Report of the Indian Hemp Drugs Commission, 1894-1895 - Volume II
Year: 1894
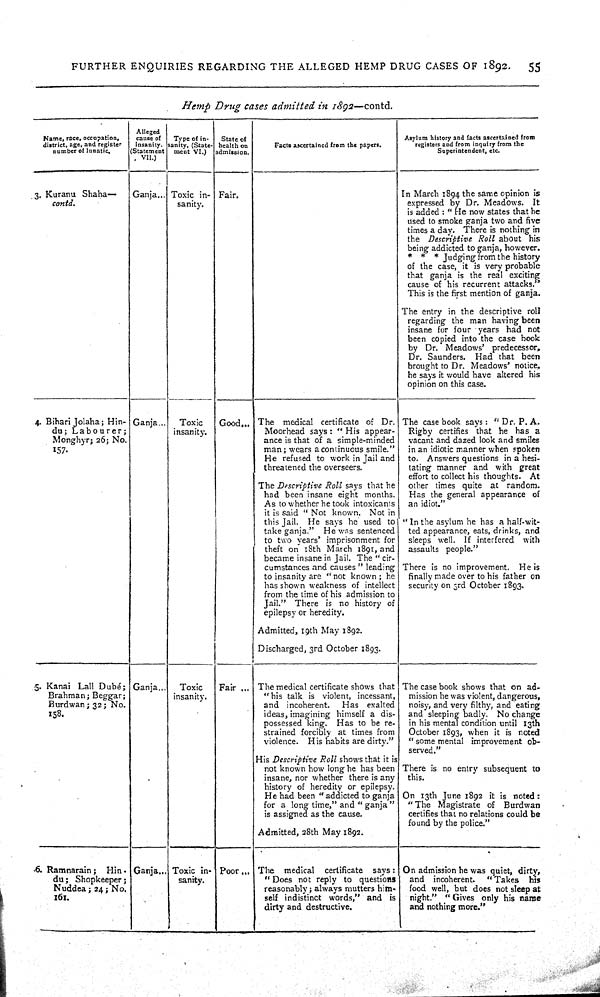
FURTHER ENQUIRIES REGARDING THE ALLEGED HEMP DRUG CASES OF 1892.
55
Hemp
Drug
cases
admitted
in 1892—contd.
Name, race, occupation,
district, age, and register
number of lunatic.
Alleged
cause of
Insanity.
(Statement
VII.)
Type of in-
sanity. (State-
ment VI.)
State of
health on
admission.
Facts ascertained from the papers.
Asylum history and facts ascertained from
registers and from inquiry from the
Superintendent, etc.
Name, race, occupation,
district, age, and register
number of lunatic.
Alleged
cause of
Insanity.
(Statement
VII.)
Type of in-
sanity. (State-
ment VI.)
State of
health on
admission.
Facts ascertained from the papers.
Asylum history and facts ascertained from
registers and from inquiry from the
Superintendent, etc.
Name, race, occupation,
district, age, and register
number of lunatic.
Alleged
cause of
Insanity.
(Statement
VII.)
Type of in-
sanity. (State-
ment VI.)
State of
health on
admission.
Facts ascertained from the papers.
Asylum history and facts ascertained from
registers and from inquiry from the
Superintendent, etc.
Name, race, occupation,
district, age, and register
number of lunatic.
Alleged
cause of
Insanity.
(Statement
VII.)
Type of in-
sanity. (State-
ment VI.)
State of
health on
admission.
Facts ascertained from the papers.
Asylum history and facts ascertained from
registers and from inquiry from the
Superintendent, etc.
3. Kuranu Shaha—
contd.
Ganja
Toxic in-
sanity.
Fair.
In March 1894 the same opinion is
expressed by Dr. Meadows.
It
is added: "He now states that he
used to smoke ganja two and five
times a day. There is nothing in
the Descriptive
Roll about his
being addicted to ganja, however.
*
*
* Judging from the history
of the case, it is very probable
that ganja is the real exciting
cause of his recurrent attacks."
This is the first mention of ganja.
The entry in the descriptive roll
regarding the man having been
insane for four years had not
been copied into the case hook
by Dr. Meadows'
predecessor,
Dr. Saunders.
Had that been
brought to Dr. Meadows* notice,
he says it would have altered his
opinion on this case.
3. Kuranu Shaha—
contd.
Ganja
Toxic in-
sanity.
Fair.
In March 1894 the same opinion is
expressed by Dr. Meadows.
It
is added: "He now states that he
used to smoke ganja two and five
times a day. There is nothing in
the Descriptive
Roll about his
being addicted to ganja, however.
*
*
* Judging from the history
of the case, it is very probable
that ganja is the real exciting
cause of his recurrent attacks."
This is the first mention of ganja.
The entry in the descriptive roll
regarding the man having been
insane for four years had not
been copied into the case hook
by Dr. Meadows'
predecessor,
Dr. Saunders.
Had that been
brought to Dr. Meadows* notice,
he says it would have altered his
opinion on this case.
3. Kuranu Shaha—
contd.
Ganja
Toxic in-
sanity.
Fair.
In March 1894 the same opinion is
expressed by Dr. Meadows.
It
is added: "He now states that he
used to smoke ganja two and five
times a day. There is nothing in
the Descriptive
Roll about his
being addicted to ganja, however.
*
*
* Judging from the history
of the case, it is very probable
that ganja is the real exciting
cause of his recurrent attacks."
This is the first mention of ganja.
The entry in the descriptive roll
regarding the man having been
insane for four years had not
been copied into the case hook
by Dr. Meadows'
predecessor,
Dr. Saunders.
Had that been
brought to Dr. Meadows* notice,
he says it would have altered his
opinion on this case.
3. Kuranu Shaha—
contd.
Ganja
Toxic in-
sanity.
Fair.
In March 1894 the same opinion is
expressed by Dr. Meadows.
It
is added: "He now states that he
used to smoke ganja two and five
times a day. There is nothing in
the Descriptive
Roll about his
being addicted to ganja, however.
*
*
* Judging from the history
of the case, it is very probable
that ganja is the real exciting
cause of his recurrent attacks."
This is the first mention of ganja.
The entry in the descriptive roll
regarding the man having been
insane for four years had not
been copied into the case hook
by Dr. Meadows'
predecessor,
Dr. Saunders.
Had that been
brought to Dr. Meadows* notice,
he says it would have altered his
opinion on this case.
3. Kuranu Shaha—
contd.
Ganja
Toxic in-
sanity.
Fair.
In March 1894 the same opinion is
expressed by Dr. Meadows.
It
is added: "He now states that he
used to smoke ganja two and five
times a day. There is nothing in
the Descriptive
Roll about his
being addicted to ganja, however.
*
*
* Judging from the history
of the case, it is very probable
that ganja is the real exciting
cause of his recurrent attacks."
This is the first mention of ganja.
The entry in the descriptive roll
regarding the man having been
insane for four years had not
been copied into the case hook
by Dr. Meadows'
predecessor,
Dr. Saunders.
Had that been
brought to Dr. Meadows* notice,
he says it would have altered his
opinion on this case.
3. Kuranu Shaha—
contd.
Ganja
Toxic in-
sanity.
Fair.
In March 1894 the same opinion is
expressed by Dr. Meadows.
It
is added: "He now states that he
used to smoke ganja two and five
times a day. There is nothing in
the Descriptive
Roll about his
being addicted to ganja, however.
*
*
* Judging from the history
of the case, it is very probable
that ganja is the real exciting
cause of his recurrent attacks."
This is the first mention of ganja.
The entry in the descriptive roll
regarding the man having been
insane for four years had not
been copied into the case hook
by Dr. Meadows'
predecessor,
Dr. Saunders.
Had that been
brought to Dr. Meadows* notice,
he says it would have altered his
opinion on this case.
3. Kuranu Shaha—
contd.
Ganja
Toxic in-
sanity.
Fair.
In March 1894 the same opinion is
expressed by Dr. Meadows.
It
is added: "He now states that he
used to smoke ganja two and five
times a day. There is nothing in
the Descriptive
Roll about his
being addicted to ganja, however.
*
*
* Judging from the history
of the case, it is very probable
that ganja is the real exciting
cause of his recurrent attacks."
This is the first mention of ganja.
The entry in the descriptive roll
regarding the man having been
insane for four years had not
been copied into the case hook
by Dr. Meadows'
predecessor,
Dr. Saunders.
Had that been
brought to Dr. Meadows* notice,
he says it would have altered his
opinion on this case.
3. Kuranu Shaha—
contd.
Ganja
Toxic in-
sanity.
Fair.
In March 1894 the same opinion is
expressed by Dr. Meadows.
It
is added: "He now states that he
used to smoke ganja two and five
times a day. There is nothing in
the Descriptive
Roll about his
being addicted to ganja, however.
*
*
* Judging from the history
of the case, it is very probable
that ganja is the real exciting
cause of his recurrent attacks."
This is the first mention of ganja.
The entry in the descriptive roll
regarding the man having been
insane for four years had not
been copied into the case hook
by Dr. Meadows'
predecessor,
Dr. Saunders.
Had that been
brought to Dr. Meadows* notice,
he says it would have altered his
opinion on this case.
3. Kuranu Shaha—
contd.
Ganja
Toxic in-
sanity.
Fair.
In March 1894 the same opinion is
expressed by Dr. Meadows.
It
is added: "He now states that he
used to smoke ganja two and five
times a day. There is nothing in
the Descriptive
Roll about his
being addicted to ganja, however.
*
*
* Judging from the history
of the case, it is very probable
that ganja is the real exciting
cause of his recurrent attacks."
This is the first mention of ganja.
The entry in the descriptive roll
regarding the man having been
insane for four years had not
been copied into the case hook
by Dr. Meadows'
predecessor,
Dr. Saunders.
Had that been
brought to Dr. Meadows* notice,
he says it would have altered his
opinion on this case.
3. Kuranu Shaha—
contd.
Ganja
Toxic in-
sanity.
Fair.
In March 1894 the same opinion is
expressed by Dr. Meadows.
It
is added: "He now states that he
used to smoke ganja two and five
times a day. There is nothing in
the Descriptive
Roll about his
being addicted to ganja, however.
*
*
* Judging from the history
of the case, it is very probable
that ganja is the real exciting
cause of his recurrent attacks."
This is the first mention of ganja.
The entry in the descriptive roll
regarding the man having been
insane for four years had not
been copied into the case hook
by Dr. Meadows'
predecessor,
Dr. Saunders.
Had that been
brought to Dr. Meadows* notice,
he says it would have altered his
opinion on this case.
3. Kuranu Shaha—
contd.
Ganja
Toxic in-
sanity.
Fair.
In March 1894 the same opinion is
expressed by Dr. Meadows.
It
is added: "He now states that he
used to smoke ganja two and five
times a day. There is nothing in
the Descriptive
Roll about his
being addicted to ganja, however.
*
*
* Judging from the history
of the case, it is very probable
that ganja is the real exciting
cause of his recurrent attacks."
This is the first mention of ganja.
The entry in the descriptive roll
regarding the man having been
insane for four years had not
been copied into the case hook
by Dr. Meadows'
predecessor,
Dr. Saunders.
Had that been
brought to Dr. Meadows* notice,
he says it would have altered his
opinion on this case.
3. Kuranu Shaha—
contd.
Ganja
Toxic in-
sanity.
Fair.
In March 1894 the same opinion is
expressed by Dr. Meadows.
It
is added: "He now states that he
used to smoke ganja two and five
times a day. There is nothing in
the Descriptive
Roll about his
being addicted to ganja, however.
*
*
* Judging from the history
of the case, it is very probable
that ganja is the real exciting
cause of his recurrent attacks."
This is the first mention of ganja.
The entry in the descriptive roll
regarding the man having been
insane for four years had not
been copied into the case hook
by Dr. Meadows'
predecessor,
Dr. Saunders.
Had that been
brought to Dr. Meadows* notice,
he says it would have altered his
opinion on this case.
3. Kuranu Shaha—
contd.
Ganja
Toxic in-
sanity.
Fair.
In March 1894 the same opinion is
expressed by Dr. Meadows.
It
is added: "He now states that he
used to smoke ganja two and five
times a day. There is nothing in
the Descriptive
Roll about his
being addicted to ganja, however.
*
*
* Judging from the history
of the case, it is very probable
that ganja is the real exciting
cause of his recurrent attacks."
This is the first mention of ganja.
The entry in the descriptive roll
regarding the man having been
insane for four years had not
been copied into the case hook
by Dr. Meadows'
predecessor,
Dr. Saunders.
Had that been
brought to Dr. Meadows* notice,
he says it would have altered his
opinion on this case.
3. Kuranu Shaha—
contd.
Ganja
Toxic in-
sanity.
Fair.
In March 1894 the same opinion is
expressed by Dr. Meadows.
It
is added: "He now states that he
used to smoke ganja two and five
times a day. There is nothing in
the Descriptive
Roll about his
being addicted to ganja, however.
*
*
* Judging from the history
of the case, it is very probable
that ganja is the real exciting
cause of his recurrent attacks."
This is the first mention of ganja.
The entry in the descriptive roll
regarding the man having been
insane for four years had not
been copied into the case hook
by Dr. Meadows'
predecessor,
Dr. Saunders.
Had that been
brought to Dr. Meadows* notice,
he says it would have altered his
opinion on this case.
3. Kuranu Shaha—
contd.
Ganja
Toxic in-
sanity.
Fair.
In March 1894 the same opinion is
expressed by Dr. Meadows.
It
is added: "He now states that he
used to smoke ganja two and five
times a day. There is nothing in
the Descriptive
Roll about his
being addicted to ganja, however.
*
*
* Judging from the history
of the case, it is very probable
that ganja is the real exciting
cause of his recurrent attacks."
This is the first mention of ganja.
The entry in the descriptive roll
regarding the man having been
insane for four years had not
been copied into the case hook
by Dr. Meadows'
predecessor,
Dr. Saunders.
Had that been
brought to Dr. Meadows* notice,
he says it would have altered his
opinion on this case.
3. Kuranu Shaha—
contd.
Ganja
Toxic in-
sanity.
Fair.
In March 1894 the same opinion is
expressed by Dr. Meadows.
It
is added: "He now states that he
used to smoke ganja two and five
times a day. There is nothing in
the Descriptive
Roll about his
being addicted to ganja, however.
*
*
* Judging from the history
of the case, it is very probable
that ganja is the real exciting
cause of his recurrent attacks."
This is the first mention of ganja.
The entry in the descriptive roll
regarding the man having been
insane for four years had not
been copied into the case hook
by Dr. Meadows'
predecessor,
Dr. Saunders.
Had that been
brought to Dr. Meadows* notice,
he says it would have altered his
opinion on this case.
3. Kuranu Shaha—
contd.
Ganja
Toxic in-
sanity.
Fair.
In March 1894 the same opinion is
expressed by Dr. Meadows.
It
is added: "He now states that he
used to smoke ganja two and five
times a day. There is nothing in
the Descriptive
Roll about his
being addicted to ganja, however.
*
*
* Judging from the history
of the case, it is very probable
that ganja is the real exciting
cause of his recurrent attacks."
This is the first mention of ganja.
The entry in the descriptive roll
regarding the man having been
insane for four years had not
been copied into the case hook
by Dr. Meadows'
predecessor,
Dr. Saunders.
Had that been
brought to Dr. Meadows* notice,
he says it would have altered his
opinion on this case.
3. Kuranu Shaha—
contd.
Ganja
Toxic in-
sanity.
Fair.
In March 1894 the same opinion is
expressed by Dr. Meadows.
It
is added: "He now states that he
used to smoke ganja two and five
times a day. There is nothing in
the Descriptive
Roll about his
being addicted to ganja, however.
*
*
* Judging from the history
of the case, it is very probable
that ganja is the real exciting
cause of his recurrent attacks."
This is the first mention of ganja.
The entry in the descriptive roll
regarding the man having been
insane for four years had not
been copied into the case hook
by Dr. Meadows'
predecessor,
Dr. Saunders.
Had that been
brought to Dr. Meadows* notice,
he says it would have altered his
opinion on this case.
3. Kuranu Shaha—
contd.
Ganja
Toxic in-
sanity.
Fair.
In March 1894 the same opinion is
expressed by Dr. Meadows.
It
is added: "He now states that he
used to smoke ganja two and five
times a day. There is nothing in
the Descriptive
Roll about his
being addicted to ganja, however.
*
*
* Judging from the history
of the case, it is very probable
that ganja is the real exciting
cause of his recurrent attacks."
This is the first mention of ganja.
The entry in the descriptive roll
regarding the man having been
insane for four years had not
been copied into the case hook
by Dr. Meadows'
predecessor,
Dr. Saunders.
Had that been
brought to Dr. Meadows* notice,
he says it would have altered his
opinion on this case.
3. Kuranu Shaha—
contd.
Ganja
Toxic in-
sanity.
Fair.
In March 1894 the same opinion is
expressed by Dr. Meadows.
It
is added: "He now states that he
used to smoke ganja two and five
times a day. There is nothing in
the Descriptive
Roll about his
being addicted to ganja, however.
*
*
* Judging from the history
of the case, it is very probable
that ganja is the real exciting
cause of his recurrent attacks."
This is the first mention of ganja.
The entry in the descriptive roll
regarding the man having been
insane for four years had not
been copied into the case hook
by Dr. Meadows'
predecessor,
Dr. Saunders.
Had that been
brought to Dr. Meadows* notice,
he says it would have altered his
opinion on this case.
3. Kuranu Shaha—
contd.
Ganja
Toxic in-
sanity.
Fair.
In March 1894 the same opinion is
expressed by Dr. Meadows.
It
is added: "He now states that he
used to smoke ganja two and five
times a day. There is nothing in
the Descriptive
Roll about his
being addicted to ganja, however.
*
*
* Judging from the history
of the case, it is very probable
that ganja is the real exciting
cause of his recurrent attacks."
This is the first mention of ganja.
The entry in the descriptive roll
regarding the man having been
insane for four years had not
been copied into the case hook
by Dr. Meadows'
predecessor,
Dr. Saunders.
Had that been
brought to Dr. Meadows* notice,
he says it would have altered his
opinion on this case.
4. Bihari Jolaha; Hin-
du;
Labourer;
Monghyr; 26; No.
157.
Ganja
Toxic
insanity.
Good
The
medical certificate of Dr.
Moorhead says: "His appear-
ance is that of a simple-minded
man; wears a continuous smile."
He refused to work in Jail and
threatened the overseers.
The Descriptive
Roll says that he
had been insane eight months.
As to whether he took intoxicants
it is said "Not known. Not in
this Jail.
He says he used to
take ganja."
He was sentenced
to two years' imprisonment for
theft on 18th March 1891, and
became insane in Jail. The "cir-
cumstances and causes" leading
to insanity are "not known; he
has shown weakness of intellect
from the time of his admission to
Jail."
There is no history of
epilepsy or heredity.
Admitted, 19th May 1892.
Discharged, 3rd October 1893.
The case book says: "Dr. P. A.
Rigby certifies that he has a
vacant and dazed look and smiles
in an idiotic manner when spoken
to. Answers questions in a hesi-
tating manner and with
great
effort to collect his thoughts.
At
other times quite at
random.
Has the general appearance of
an idiot."
"In the asylum he has a half-wit-
ted appearance, eats, drinks, and
sleeps well. If interfered
with
assaults people."
There is no improvement.
He is
finally made over to his father on
security on 3rd October 1893.
4. Bihari Jolaha; Hin-
du;
Labourer;
Monghyr; 26; No.
157.
Ganja
Toxic
insanity.
Good
The
medical certificate of Dr.
Moorhead says: "His appear-
ance is that of a simple-minded
man; wears a continuous smile."
He refused to work in Jail and
threatened the overseers.
The Descriptive
Roll says that he
had been insane eight months.
As to whether he took intoxicants
it is said "Not known. Not in
this Jail.
He says he used to
take ganja."
He was sentenced
to two years' imprisonment for
theft on 18th March 1891, and
became insane in Jail. The "cir-
cumstances and causes" leading
to insanity are "not known; he
has shown weakness of intellect
from the time of his admission to
Jail."
There is no history of
epilepsy or heredity.
Admitted, 19th May 1892.
Discharged, 3rd October 1893.
The case book says: "Dr. P. A.
Rigby certifies that he has a
vacant and dazed look and smiles
in an idiotic manner when spoken
to. Answers questions in a hesi-
tating manner and with
great
effort to collect his thoughts.
At
other times quite at
random.
Has the general appearance of
an idiot."
"In the asylum he has a half-wit-
ted appearance, eats, drinks, and
sleeps well. If interfered
with
assaults people."
There is no improvement.
He is
finally made over to his father on
security on 3rd October 1893.
4. Bihari Jolaha; Hin-
du;
Labourer;
Monghyr; 26; No.
157.
Ganja
Toxic
insanity.
Good
The
medical certificate of Dr.
Moorhead says: "His appear-
ance is that of a simple-minded
man; wears a continuous smile."
He refused to work in Jail and
threatened the overseers.
The Descriptive
Roll says that he
had been insane eight months.
As to whether he took intoxicants
it is said "Not known. Not in
this Jail.
He says he used to
take ganja."
He was sentenced
to two years' imprisonment for
theft on 18th March 1891, and
became insane in Jail. The "cir-
cumstances and causes" leading
to insanity are "not known; he
has shown weakness of intellect
from the time of his admission to
Jail."
There is no history of
epilepsy or heredity.
Admitted, 19th May 1892.
Discharged, 3rd October 1893.
The case book says: "Dr. P. A.
Rigby certifies that he has a
vacant and dazed look and smiles
in an idiotic manner when spoken
to. Answers questions in a hesi-
tating manner and with
great
effort to collect his thoughts.
At
other times quite at
random.
Has the general appearance of
an idiot."
"In the asylum he has a half-wit-
ted appearance, eats, drinks, and
sleeps well. If interfered
with
assaults people."
There is no improvement.
He is
finally made over to his father on
security on 3rd October 1893.
4. Bihari Jolaha; Hin-
du;
Labourer;
Monghyr; 26; No.
157.
Ganja
Toxic
insanity.
Good
The
medical certificate of Dr.
Moorhead says: "His appear-
ance is that of a simple-minded
man; wears a continuous smile."
He refused to work in Jail and
threatened the overseers.
The Descriptive
Roll says that he
had been insane eight months.
As to whether he took intoxicants
it is said "Not known. Not in
this Jail.
He says he used to
take ganja."
He was sentenced
to two years' imprisonment for
theft on 18th March 1891, and
became insane in Jail. The "cir-
cumstances and causes" leading
to insanity are "not known; he
has shown weakness of intellect
from the time of his admission to
Jail."
There is no history of
epilepsy or heredity.
Admitted, 19th May 1892.
Discharged, 3rd October 1893.
The case book says: "Dr. P. A.
Rigby certifies that he has a
vacant and dazed look and smiles
in an idiotic manner when spoken
to. Answers questions in a hesi-
tating manner and with
great
effort to collect his thoughts.
At
other times quite at
random.
Has the general appearance of
an idiot."
"In the asylum he has a half-wit-
ted appearance, eats, drinks, and
sleeps well. If interfered
with
assaults people."
There is no improvement.
He is
finally made over to his father on
security on 3rd October 1893.
4. Bihari Jolaha; Hin-
du;
Labourer;
Monghyr; 26; No.
157.
Ganja
Toxic
insanity.
Good
The
medical certificate of Dr.
Moorhead says: "His appear-
ance is that of a simple-minded
man; wears a continuous smile."
He refused to work in Jail and
threatened the overseers.
The Descriptive
Roll says that he
had been insane eight months.
As to whether he took intoxicants
it is said "Not known. Not in
this Jail.
He says he used to
take ganja."
He was sentenced
to two years' imprisonment for
theft on 18th March 1891, and
became insane in Jail. The "cir-
cumstances and causes" leading
to insanity are "not known; he
has shown weakness of intellect
from the time of his admission to
Jail."
There is no history of
epilepsy or heredity.
Admitted, 19th May 1892.
Discharged, 3rd October 1893.
The case book says: "Dr. P. A.
Rigby certifies that he has a
vacant and dazed look and smiles
in an idiotic manner when spoken
to. Answers questions in a hesi-
tating manner and with
great
effort to collect his thoughts.
At
other times quite at
random.
Has the general appearance of
an idiot."
"In the asylum he has a half-wit-
ted appearance, eats, drinks, and
sleeps well. If interfered
with
assaults people."
There is no improvement.
He is
finally made over to his father on
security on 3rd October 1893.
4. Bihari Jolaha; Hin-
du;
Labourer;
Monghyr; 26; No.
157.
Ganja
Toxic
insanity.
Good
The
medical certificate of Dr.
Moorhead says: "His appear-
ance is that of a simple-minded
man; wears a continuous smile."
He refused to work in Jail and
threatened the overseers.
The Descriptive
Roll says that he
had been insane eight months.
As to whether he took intoxicants
it is said "Not known. Not in
this Jail.
He says he used to
take ganja."
He was sentenced
to two years' imprisonment for
theft on 18th March 1891, and
became insane in Jail. The "cir-
cumstances and causes" leading
to insanity are "not known; he
has shown weakness of intellect
from the time of his admission to
Jail."
There is no history of
epilepsy or heredity.
Admitted, 19th May 1892.
Discharged, 3rd October 1893.
The case book says: "Dr. P. A.
Rigby certifies that he has a
vacant and dazed look and smiles
in an idiotic manner when spoken
to. Answers questions in a hesi-
tating manner and with
great
effort to collect his thoughts.
At
other times quite at
random.
Has the general appearance of
an idiot."
"In the asylum he has a half-wit-
ted appearance, eats, drinks, and
sleeps well. If interfered
with
assaults people."
There is no improvement.
He is
finally made over to his father on
security on 3rd October 1893.
4. Bihari Jolaha; Hin-
du;
Labourer;
Monghyr; 26; No.
157.
Ganja
Toxic
insanity.
Good
The
medical certificate of Dr.
Moorhead says: "His appear-
ance is that of a simple-minded
man; wears a continuous smile."
He refused to work in Jail and
threatened the overseers.
The Descriptive
Roll says that he
had been insane eight months.
As to whether he took intoxicants
it is said "Not known. Not in
this Jail.
He says he used to
take ganja."
He was sentenced
to two years' imprisonment for
theft on 18th March 1891, and
became insane in Jail. The "cir-
cumstances and causes" leading
to insanity are "not known; he
has shown weakness of intellect
from the time of his admission to
Jail."
There is no history of
epilepsy or heredity.
Admitted, 19th May 1892.
Discharged, 3rd October 1893.
The case book says: "Dr. P. A.
Rigby certifies that he has a
vacant and dazed look and smiles
in an idiotic manner when spoken
to. Answers questions in a hesi-
tating manner and with
great
effort to collect his thoughts.
At
other times quite at
random.
Has the general appearance of
an idiot."
"In the asylum he has a half-wit-
ted appearance, eats, drinks, and
sleeps well. If interfered
with
assaults people."
There is no improvement.
He is
finally made over to his father on
security on 3rd October 1893.
4. Bihari Jolaha; Hin-
du;
Labourer;
Monghyr; 26; No.
157.
Ganja
Toxic
insanity.
Good
The
medical certificate of Dr.
Moorhead says: "His appear-
ance is that of a simple-minded
man; wears a continuous smile."
He refused to work in Jail and
threatened the overseers.
The Descriptive
Roll says that he
had been insane eight months.
As to whether he took intoxicants
it is said "Not known. Not in
this Jail.
He says he used to
take ganja."
He was sentenced
to two years' imprisonment for
theft on 18th March 1891, and
became insane in Jail. The "cir-
cumstances and causes" leading
to insanity are "not known; he
has shown weakness of intellect
from the time of his admission to
Jail."
There is no history of
epilepsy or heredity.
Admitted, 19th May 1892.
Discharged, 3rd October 1893.
The case book says: "Dr. P. A.
Rigby certifies that he has a
vacant and dazed look and smiles
in an idiotic manner when spoken
to. Answers questions in a hesi-
tating manner and with
great
effort to collect his thoughts.
At
other times quite at
random.
Has the general appearance of
an idiot."
"In the asylum he has a half-wit-
ted appearance, eats, drinks, and
sleeps well. If interfered
with
assaults people."
There is no improvement.
He is
finally made over to his father on
security on 3rd October 1893.
4. Bihari Jolaha; Hin-
du;
Labourer;
Monghyr; 26; No.
157.
Ganja
Toxic
insanity.
Good
The
medical certificate of Dr.
Moorhead says: "His appear-
ance is that of a simple-minded
man; wears a continuous smile."
He refused to work in Jail and
threatened the overseers.
The Descriptive
Roll says that he
had been insane eight months.
As to whether he took intoxicants
it is said "Not known. Not in
this Jail.
He says he used to
take ganja."
He was sentenced
to two years' imprisonment for
theft on 18th March 1891, and
became insane in Jail. The "cir-
cumstances and causes" leading
to insanity are "not known; he
has shown weakness of intellect
from the time of his admission to
Jail."
There is no history of
epilepsy or heredity.
Admitted, 19th May 1892.
Discharged, 3rd October 1893.
The case book says: "Dr. P. A.
Rigby certifies that he has a
vacant and dazed look and smiles
in an idiotic manner when spoken
to. Answers questions in a hesi-
tating manner and with
great
effort to collect his thoughts.
At
other times quite at
random.
Has the general appearance of
an idiot."
"In the asylum he has a half-wit-
ted appearance, eats, drinks, and
sleeps well. If interfered
with
assaults people."
There is no improvement.
He is
finally made over to his father on
security on 3rd October 1893.
4. Bihari Jolaha; Hin-
du;
Labourer;
Monghyr; 26; No.
157.
Ganja
Toxic
insanity.
Good
The
medical certificate of Dr.
Moorhead says: "His appear-
ance is that of a simple-minded
man; wears a continuous smile."
He refused to work in Jail and
threatened the overseers.
The Descriptive
Roll says that he
had been insane eight months.
As to whether he took intoxicants
it is said "Not known. Not in
this Jail.
He says he used to
take ganja."
He was sentenced
to two years' imprisonment for
theft on 18th March 1891, and
became insane in Jail. The "cir-
cumstances and causes" leading
to insanity are "not known; he
has shown weakness of intellect
from the time of his admission to
Jail."
There is no history of
epilepsy or heredity.
Admitted, 19th May 1892.
Discharged, 3rd October 1893.
The case book says: "Dr. P. A.
Rigby certifies that he has a
vacant and dazed look and smiles
in an idiotic manner when spoken
to. Answers questions in a hesi-
tating manner and with
great
effort to collect his thoughts.
At
other times quite at
random.
Has the general appearance of
an idiot."
"In the asylum he has a half-wit-
ted appearance, eats, drinks, and
sleeps well. If interfered
with
assaults people."
There is no improvement.
He is
finally made over to his father on
security on 3rd October 1893.
4. Bihari Jolaha; Hin-
du;
Labourer;
Monghyr; 26; No.
157.
Ganja
Toxic
insanity.
Good
The
medical certificate of Dr.
Moorhead says: "His appear-
ance is that of a simple-minded
man; wears a continuous smile."
He refused to work in Jail and
threatened the overseers.
The Descriptive
Roll says that he
had been insane eight months.
As to whether he took intoxicants
it is said "Not known. Not in
this Jail.
He says he used to
take ganja."
He was sentenced
to two years' imprisonment for
theft on 18th March 1891, and
became insane in Jail. The "cir-
cumstances and causes" leading
to insanity are "not known; he
has shown weakness of intellect
from the time of his admission to
Jail."
There is no history of
epilepsy or heredity.
Admitted, 19th May 1892.
Discharged, 3rd October 1893.
The case book says: "Dr. P. A.
Rigby certifies that he has a
vacant and dazed look and smiles
in an idiotic manner when spoken
to. Answers questions in a hesi-
tating manner and with
great
effort to collect his thoughts.
At
other times quite at
random.
Has the general appearance of
an idiot."
"In the asylum he has a half-wit-
ted appearance, eats, drinks, and
sleeps well. If interfered
with
assaults people."
There is no improvement.
He is
finally made over to his father on
security on 3rd October 1893.
4. Bihari Jolaha; Hin-
du;
Labourer;
Monghyr; 26; No.
157.
Ganja
Toxic
insanity.
Good
The
medical certificate of Dr.
Moorhead says: "His appear-
ance is that of a simple-minded
man; wears a continuous smile."
He refused to work in Jail and
threatened the overseers.
The Descriptive
Roll says that he
had been insane eight months.
As to whether he took intoxicants
it is said "Not known. Not in
this Jail.
He says he used to
take ganja."
He was sentenced
to two years' imprisonment for
theft on 18th March 1891, and
became insane in Jail. The "cir-
cumstances and causes" leading
to insanity are "not known; he
has shown weakness of intellect
from the time of his admission to
Jail."
There is no history of
epilepsy or heredity.
Admitted, 19th May 1892.
Discharged, 3rd October 1893.
The case book says: "Dr. P. A.
Rigby certifies that he has a
vacant and dazed look and smiles
in an idiotic manner when spoken
to. Answers questions in a hesi-
tating manner and with
great
effort to collect his thoughts.
At
other times quite at
random.
Has the general appearance of
an idiot."
"In the asylum he has a half-wit-
ted appearance, eats, drinks, and
sleeps well. If interfered
with
assaults people."
There is no improvement.
He is
finally made over to his father on
security on 3rd October 1893.
4. Bihari Jolaha; Hin-
du;
Labourer;
Monghyr; 26; No.
157.
Ganja
Toxic
insanity.
Good
The
medical certificate of Dr.
Moorhead says: "His appear-
ance is that of a simple-minded
man; wears a continuous smile."
He refused to work in Jail and
threatened the overseers.
The Descriptive
Roll says that he
had been insane eight months.
As to whether he took intoxicants
it is said "Not known. Not in
this Jail.
He says he used to
take ganja."
He was sentenced
to two years' imprisonment for
theft on 18th March 1891, and
became insane in Jail. The "cir-
cumstances and causes" leading
to insanity are "not known; he
has shown weakness of intellect
from the time of his admission to
Jail."
There is no history of
epilepsy or heredity.
Admitted, 19th May 1892.
Discharged, 3rd October 1893.
The case book says: "Dr. P. A.
Rigby certifies that he has a
vacant and dazed look and smiles
in an idiotic manner when spoken
to. Answers questions in a hesi-
tating manner and with
great
effort to collect his thoughts.
At
other times quite at
random.
Has the general appearance of
an idiot."
"In the asylum he has a half-wit-
ted appearance, eats, drinks, and
sleeps well. If interfered
with
assaults people."
There is no improvement.
He is
finally made over to his father on
security on 3rd October 1893.
4. Bihari Jolaha; Hin-
du;
Labourer;
Monghyr; 26; No.
157.
Ganja
Toxic
insanity.
Good
The
medical certificate of Dr.
Moorhead says: "His appear-
ance is that of a simple-minded
man; wears a continuous smile."
He refused to work in Jail and
threatened the overseers.
The Descriptive
Roll says that he
had been insane eight months.
As to whether he took intoxicants
it is said "Not known. Not in
this Jail.
He says he used to
take ganja."
He was sentenced
to two years' imprisonment for
theft on 18th March 1891, and
became insane in Jail. The "cir-
cumstances and causes" leading
to insanity are "not known; he
has shown weakness of intellect
from the time of his admission to
Jail."
There is no history of
epilepsy or heredity.
Admitted, 19th May 1892.
Discharged, 3rd October 1893.
The case book says: "Dr. P. A.
Rigby certifies that he has a
vacant and dazed look and smiles
in an idiotic manner when spoken
to. Answers questions in a hesi-
tating manner and with
great
effort to collect his thoughts.
At
other times quite at
random.
Has the general appearance of
an idiot."
"In the asylum he has a half-wit-
ted appearance, eats, drinks, and
sleeps well. If interfered
with
assaults people."
There is no improvement.
He is
finally made over to his father on
security on 3rd October 1893.
4. Bihari Jolaha; Hin-
du;
Labourer;
Monghyr; 26; No.
157.
Ganja
Toxic
insanity.
Good
The
medical certificate of Dr.
Moorhead says: "His appear-
ance is that of a simple-minded
man; wears a continuous smile."
He refused to work in Jail and
threatened the overseers.
The Descriptive
Roll says that he
had been insane eight months.
As to whether he took intoxicants
it is said "Not known. Not in
this Jail.
He says he used to
take ganja."
He was sentenced
to two years' imprisonment for
theft on 18th March 1891, and
became insane in Jail. The "cir-
cumstances and causes" leading
to insanity are "not known; he
has shown weakness of intellect
from the time of his admission to
Jail."
There is no history of
epilepsy or heredity.
Admitted, 19th May 1892.
Discharged, 3rd October 1893.
The case book says: "Dr. P. A.
Rigby certifies that he has a
vacant and dazed look and smiles
in an idiotic manner when spoken
to. Answers questions in a hesi-
tating manner and with
great
effort to collect his thoughts.
At
other times quite at
random.
Has the general appearance of
an idiot."
"In the asylum he has a half-wit-
ted appearance, eats, drinks, and
sleeps well. If interfered
with
assaults people."
There is no improvement.
He is
finally made over to his father on
security on 3rd October 1893.
4. Bihari Jolaha; Hin-
du;
Labourer;
Monghyr; 26; No.
157.
Ganja
Toxic
insanity.
Good
The
medical certificate of Dr.
Moorhead says: "His appear-
ance is that of a simple-minded
man; wears a continuous smile."
He refused to work in Jail and
threatened the overseers.
The Descriptive
Roll says that he
had been insane eight months.
As to whether he took intoxicants
it is said "Not known. Not in
this Jail.
He says he used to
take ganja."
He was sentenced
to two years' imprisonment for
theft on 18th March 1891, and
became insane in Jail. The "cir-
cumstances and causes" leading
to insanity are "not known; he
has shown weakness of intellect
from the time of his admission to
Jail."
There is no history of
epilepsy or heredity.
Admitted, 19th May 1892.
Discharged, 3rd October 1893.
The case book says: "Dr. P. A.
Rigby certifies that he has a
vacant and dazed look and smiles
in an idiotic manner when spoken
to. Answers questions in a hesi-
tating manner and with
great
effort to collect his thoughts.
At
other times quite at
random.
Has the general appearance of
an idiot."
"In the asylum he has a half-wit-
ted appearance, eats, drinks, and
sleeps well. If interfered
with
assaults people."
There is no improvement.
He is
finally made over to his father on
security on 3rd October 1893.
4. Bihari Jolaha; Hin-
du;
Labourer;
Monghyr; 26; No.
157.
Ganja
Toxic
insanity.
Good
The
medical certificate of Dr.
Moorhead says: "His appear-
ance is that of a simple-minded
man; wears a continuous smile."
He refused to work in Jail and
threatened the overseers.
The Descriptive
Roll says that he
had been insane eight months.
As to whether he took intoxicants
it is said "Not known. Not in
this Jail.
He says he used to
take ganja."
He was sentenced
to two years' imprisonment for
theft on 18th March 1891, and
became insane in Jail. The "cir-
cumstances and causes" leading
to insanity are "not known; he
has shown weakness of intellect
from the time of his admission to
Jail."
There is no history of
epilepsy or heredity.
Admitted, 19th May 1892.
Discharged, 3rd October 1893.
The case book says: "Dr. P. A.
Rigby certifies that he has a
vacant and dazed look and smiles
in an idiotic manner when spoken
to. Answers questions in a hesi-
tating manner and with
great
effort to collect his thoughts.
At
other times quite at
random.
Has the general appearance of
an idiot."
"In the asylum he has a half-wit-
ted appearance, eats, drinks, and
sleeps well. If interfered
with
assaults people."
There is no improvement.
He is
finally made over to his father on
security on 3rd October 1893.
4. Bihari Jolaha; Hin-
du;
Labourer;
Monghyr; 26; No.
157.
Ganja
Toxic
insanity.
Good
The
medical certificate of Dr.
Moorhead says: "His appear-
ance is that of a simple-minded
man; wears a continuous smile."
He refused to work in Jail and
threatened the overseers.
The Descriptive
Roll says that he
had been insane eight months.
As to whether he took intoxicants
it is said "Not known. Not in
this Jail.
He says he used to
take ganja."
He was sentenced
to two years' imprisonment for
theft on 18th March 1891, and
became insane in Jail. The "cir-
cumstances and causes" leading
to insanity are "not known; he
has shown weakness of intellect
from the time of his admission to
Jail."
There is no history of
epilepsy or heredity.
Admitted, 19th May 1892.
Discharged, 3rd October 1893.
The case book says: "Dr. P. A.
Rigby certifies that he has a
vacant and dazed look and smiles
in an idiotic manner when spoken
to. Answers questions in a hesi-
tating manner and with
great
effort to collect his thoughts.
At
other times quite at
random.
Has the general appearance of
an idiot."
"In the asylum he has a half-wit-
ted appearance, eats, drinks, and
sleeps well. If interfered
with
assaults people."
There is no improvement.
He is
finally made over to his father on
security on 3rd October 1893.
4. Bihari Jolaha; Hin-
du;
Labourer;
Monghyr; 26; No.
157.
Ganja
Toxic
insanity.
Good
The
medical certificate of Dr.
Moorhead says: "His appear-
ance is that of a simple-minded
man; wears a continuous smile."
He refused to work in Jail and
threatened the overseers.
The Descriptive
Roll says that he
had been insane eight months.
As to whether he took intoxicants
it is said "Not known. Not in
this Jail.
He says he used to
take ganja."
He was sentenced
to two years' imprisonment for
theft on 18th March 1891, and
became insane in Jail. The "cir-
cumstances and causes" leading
to insanity are "not known; he
has shown weakness of intellect
from the time of his admission to
Jail."
There is no history of
epilepsy or heredity.
Admitted, 19th May 1892.
Discharged, 3rd October 1893.
The case book says: "Dr. P. A.
Rigby certifies that he has a
vacant and dazed look and smiles
in an idiotic manner when spoken
to. Answers questions in a hesi-
tating manner and with
great
effort to collect his thoughts.
At
other times quite at
random.
Has the general appearance of
an idiot."
"In the asylum he has a half-wit-
ted appearance, eats, drinks, and
sleeps well. If interfered
with
assaults people."
There is no improvement.
He is
finally made over to his father on
security on 3rd October 1893.
4. Bihari Jolaha; Hin-
du;
Labourer;
Monghyr; 26; No.
157.
Ganja
Toxic
insanity.
Good
The
medical certificate of Dr.
Moorhead says: "His appear-
ance is that of a simple-minded
man; wears a continuous smile."
He refused to work in Jail and
threatened the overseers.
The Descriptive
Roll says that he
had been insane eight months.
As to whether he took intoxicants
it is said "Not known. Not in
this Jail.
He says he used to
take ganja."
He was sentenced
to two years' imprisonment for
theft on 18th March 1891, and
became insane in Jail. The "cir-
cumstances and causes" leading
to insanity are "not known; he
has shown weakness of intellect
from the time of his admission to
Jail."
There is no history of
epilepsy or heredity.
Admitted, 19th May 1892.
Discharged, 3rd October 1893.
The case book says: "Dr. P. A.
Rigby certifies that he has a
vacant and dazed look and smiles
in an idiotic manner when spoken
to. Answers questions in a hesi-
tating manner and with
great
effort to collect his thoughts.
At
other times quite at
random.
Has the general appearance of
an idiot."
"In the asylum he has a half-wit-
ted appearance, eats, drinks, and
sleeps well. If interfered
with
assaults people."
There is no improvement.
He is
finally made over to his father on
security on 3rd October 1893.
4. Bihari Jolaha; Hin-
du;
Labourer;
Monghyr; 26; No.
157.
Ganja
Toxic
insanity.
Good
The
medical certificate of Dr.
Moorhead says: "His appear-
ance is that of a simple-minded
man; wears a continuous smile."
He refused to work in Jail and
threatened the overseers.
The Descriptive
Roll says that he
had been insane eight months.
As to whether he took intoxicants
it is said "Not known. Not in
this Jail.
He says he used to
take ganja."
He was sentenced
to two years' imprisonment for
theft on 18th March 1891, and
became insane in Jail. The "cir-
cumstances and causes" leading
to insanity are "not known; he
has shown weakness of intellect
from the time of his admission to
Jail."
There is no history of
epilepsy or heredity.
Admitted, 19th May 1892.
Discharged, 3rd October 1893.
The case book says: "Dr. P. A.
Rigby certifies that he has a
vacant and dazed look and smiles
in an idiotic manner when spoken
to. Answers questions in a hesi-
tating manner and with
great
effort to collect his thoughts.
At
other times quite at
random.
Has the general appearance of
an idiot."
"In the asylum he has a half-wit-
ted appearance, eats, drinks, and
sleeps well. If interfered
with
assaults people."
There is no improvement.
He is
finally made over to his father on
security on 3rd October 1893.
4. Bihari Jolaha; Hin-
du;
Labourer;
Monghyr; 26; No.
157.
Ganja
Toxic
insanity.
Good
The
medical certificate of Dr.
Moorhead says: "His appear-
ance is that of a simple-minded
man; wears a continuous smile."
He refused to work in Jail and
threatened the overseers.
The Descriptive
Roll says that he
had been insane eight months.
As to whether he took intoxicants
it is said "Not known. Not in
this Jail.
He says he used to
take ganja."
He was sentenced
to two years' imprisonment for
theft on 18th March 1891, and
became insane in Jail. The "cir-
cumstances and causes" leading
to insanity are "not known; he
has shown weakness of intellect
from the time of his admission to
Jail."
There is no history of
epilepsy or heredity.
Admitted, 19th May 1892.
Discharged, 3rd October 1893.
The case book says: "Dr. P. A.
Rigby certifies that he has a
vacant and dazed look and smiles
in an idiotic manner when spoken
to. Answers questions in a hesi-
tating manner and with
great
effort to collect his thoughts.
At
other times quite at
random.
Has the general appearance of
an idiot."
"In the asylum he has a half-wit-
ted appearance, eats, drinks, and
sleeps well. If interfered
with
assaults people."
There is no improvement.
He is
finally made over to his father on
security on 3rd October 1893.
4. Bihari Jolaha; Hin-
du;
Labourer;
Monghyr; 26; No.
157.
Ganja
Toxic
insanity.
Good
The
medical certificate of Dr.
Moorhead says: "His appear-
ance is that of a simple-minded
man; wears a continuous smile."
He refused to work in Jail and
threatened the overseers.
The Descriptive
Roll says that he
had been insane eight months.
As to whether he took intoxicants
it is said "Not known. Not in
this Jail.
He says he used to
take ganja."
He was sentenced
to two years' imprisonment for
theft on 18th March 1891, and
became insane in Jail. The "cir-
cumstances and causes" leading
to insanity are "not known; he
has shown weakness of intellect
from the time of his admission to
Jail."
There is no history of
epilepsy or heredity.
Admitted, 19th May 1892.
Discharged, 3rd October 1893.
The case book says: "Dr. P. A.
Rigby certifies that he has a
vacant and dazed look and smiles
in an idiotic manner when spoken
to. Answers questions in a hesi-
tating manner and with
great
effort to collect his thoughts.
At
other times quite at
random.
Has the general appearance of
an idiot."
"In the asylum he has a half-wit-
ted appearance, eats, drinks, and
sleeps well. If interfered
with
assaults people."
There is no improvement.
He is
finally made over to his father on
security on 3rd October 1893.
4. Bihari Jolaha; Hin-
du;
Labourer;
Monghyr; 26; No.
157.
Ganja
Toxic
insanity.
Good
The
medical certificate of Dr.
Moorhead says: "His appear-
ance is that of a simple-minded
man; wears a continuous smile."
He refused to work in Jail and
threatened the overseers.
The Descriptive
Roll says that he
had been insane eight months.
As to whether he took intoxicants
it is said "Not known. Not in
this Jail.
He says he used to
take ganja."
He was sentenced
to two years' imprisonment for
theft on 18th March 1891, and
became insane in Jail. The "cir-
cumstances and causes" leading
to insanity are "not known; he
has shown weakness of intellect
from the time of his admission to
Jail."
There is no history of
epilepsy or heredity.
Admitted, 19th May 1892.
Discharged, 3rd October 1893.
The case book says: "Dr. P. A.
Rigby certifies that he has a
vacant and dazed look and smiles
in an idiotic manner when spoken
to. Answers questions in a hesi-
tating manner and with
great
effort to collect his thoughts.
At
other times quite at
random.
Has the general appearance of
an idiot."
"In the asylum he has a half-wit-
ted appearance, eats, drinks, and
sleeps well. If interfered
with
assaults people."
There is no improvement.
He is
finally made over to his father on
security on 3rd October 1893.
5. Kanai Lall Dubé;
Brahman; Beggar;
Burdwan; 32; No.
158.
Ganja
Toxic
insanity.
Fair
The medical certificate shows that
"his talk is violent, incessant,
and incoherent.
Has
exalted
ideas, imagining himself a dis-
possessed king.
Has to be re-
strained forcibly at times from
violence.
His habits are dirty."
His Descriptive
Roll shows that it is
not known how long he has been
insane, nor whether there is any
history of heredity or epilepsy.
He had been "addicted to ganja
for a long time," and "ganja"
is assigned as the cause.
Admitted, 28th May 1892.
The case book shows that on ad-
mission he was violent, dangerous,
noisy, and very filthy, and eating
and sleeping badly.
No change
in his mental condition until 13th
October 1893, when it is noted
"some mental improvement ob-
served."
There is no entry subsequent to
this.
On 13th June 1892 it is noted:
"The
Magistrate of
Burdwan
certifies that no relations could be
found by the police."
5. Kanai Lall Dubé;
Brahman; Beggar;
Burdwan; 32; No.
158.
Ganja
Toxic
insanity.
Fair
The medical certificate shows that
"his talk is violent, incessant,
and incoherent.
Has
exalted
ideas, imagining himself a dis-
possessed king.
Has to be re-
strained forcibly at times from
violence.
His habits are dirty."
His Descriptive
Roll shows that it is
not known how long he has been
insane, nor whether there is any
history of heredity or epilepsy.
He had been "addicted to ganja
for a long time," and "ganja"
is assigned as the cause.
Admitted, 28th May 1892.
The case book shows that on ad-
mission he was violent, dangerous,
noisy, and very filthy, and eating
and sleeping badly.
No change
in his mental condition until 13th
October 1893, when it is noted
"some mental improvement ob-
served."
There is no entry subsequent to
this.
On 13th June 1892 it is noted:
"The
Magistrate of
Burdwan
certifies that no relations could be
found by the police."
5. Kanai Lall Dubé;
Brahman; Beggar;
Burdwan; 32; No.
158.
Ganja
Toxic
insanity.
Fair
The medical certificate shows that
"his talk is violent, incessant,
and incoherent.
Has
exalted
ideas, imagining himself a dis-
possessed king.
Has to be re-
strained forcibly at times from
violence.
His habits are dirty."
His Descriptive
Roll shows that it is
not known how long he has been
insane, nor whether there is any
history of heredity or epilepsy.
He had been "addicted to ganja
for a long time," and "ganja"
is assigned as the cause.
Admitted, 28th May 1892.
The case book shows that on ad-
mission he was violent, dangerous,
noisy, and very filthy, and eating
and sleeping badly.
No change
in his mental condition until 13th
October 1893, when it is noted
"some mental improvement ob-
served."
There is no entry subsequent to
this.
On 13th June 1892 it is noted:
"The
Magistrate of
Burdwan
certifies that no relations could be
found by the police."
5. Kanai Lall Dubé;
Brahman; Beggar;
Burdwan; 32; No.
158.
Ganja
Toxic
insanity.
Fair
The medical certificate shows that
"his talk is violent, incessant,
and incoherent.
Has
exalted
ideas, imagining himself a dis-
possessed king.
Has to be re-
strained forcibly at times from
violence.
His habits are dirty."
His Descriptive
Roll shows that it is
not known how long he has been
insane, nor whether there is any
history of heredity or epilepsy.
He had been "addicted to ganja
for a long time," and "ganja"
is assigned as the cause.
Admitted, 28th May 1892.
The case book shows that on ad-
mission he was violent, dangerous,
noisy, and very filthy, and eating
and sleeping badly.
No change
in his mental condition until 13th
October 1893, when it is noted
"some mental improvement ob-
served."
There is no entry subsequent to
this.
On 13th June 1892 it is noted:
"The
Magistrate of
Burdwan
certifies that no relations could be
found by the police."
5. Kanai Lall Dubé;
Brahman; Beggar;
Burdwan; 32; No.
158.
Ganja
Toxic
insanity.
Fair
The medical certificate shows that
"his talk is violent, incessant,
and incoherent.
Has
exalted
ideas, imagining himself a dis-
possessed king.
Has to be re-
strained forcibly at times from
violence.
His habits are dirty."
His Descriptive
Roll shows that it is
not known how long he has been
insane, nor whether there is any
history of heredity or epilepsy.
He had been "addicted to ganja
for a long time," and "ganja"
is assigned as the cause.
Admitted, 28th May 1892.
The case book shows that on ad-
mission he was violent, dangerous,
noisy, and very filthy, and eating
and sleeping badly.
No change
in his mental condition until 13th
October 1893, when it is noted
"some mental improvement ob-
served."
There is no entry subsequent to
this.
On 13th June 1892 it is noted:
"The
Magistrate of
Burdwan
certifies that no relations could be
found by the police."
5. Kanai Lall Dubé;
Brahman; Beggar;
Burdwan; 32; No.
158.
Ganja
Toxic
insanity.
Fair
The medical certificate shows that
"his talk is violent, incessant,
and incoherent.
Has
exalted
ideas, imagining himself a dis-
possessed king.
Has to be re-
strained forcibly at times from
violence.
His habits are dirty."
His Descriptive
Roll shows that it is
not known how long he has been
insane, nor whether there is any
history of heredity or epilepsy.
He had been "addicted to ganja
for a long time," and "ganja"
is assigned as the cause.
Admitted, 28th May 1892.
The case book shows that on ad-
mission he was violent, dangerous,
noisy, and very filthy, and eating
and sleeping badly.
No change
in his mental condition until 13th
October 1893, when it is noted
"some mental improvement ob-
served."
There is no entry subsequent to
this.
On 13th June 1892 it is noted:
"The
Magistrate of
Burdwan
certifies that no relations could be
found by the police."
5. Kanai Lall Dubé;
Brahman; Beggar;
Burdwan; 32; No.
158.
Ganja
Toxic
insanity.
Fair
The medical certificate shows that
"his talk is violent, incessant,
and incoherent.
Has
exalted
ideas, imagining himself a dis-
possessed king.
Has to be re-
strained forcibly at times from
violence.
His habits are dirty."
His Descriptive
Roll shows that it is
not known how long he has been
insane, nor whether there is any
history of heredity or epilepsy.
He had been "addicted to ganja
for a long time," and "ganja"
is assigned as the cause.
Admitted, 28th May 1892.
The case book shows that on ad-
mission he was violent, dangerous,
noisy, and very filthy, and eating
and sleeping badly.
No change
in his mental condition until 13th
October 1893, when it is noted
"some mental improvement ob-
served."
There is no entry subsequent to
this.
On 13th June 1892 it is noted:
"The
Magistrate of
Burdwan
certifies that no relations could be
found by the police."
5. Kanai Lall Dubé;
Brahman; Beggar;
Burdwan; 32; No.
158.
Ganja
Toxic
insanity.
Fair
The medical certificate shows that
"his talk is violent, incessant,
and incoherent.
Has
exalted
ideas, imagining himself a dis-
possessed king.
Has to be re-
strained forcibly at times from
violence.
His habits are dirty."
His Descriptive
Roll shows that it is
not known how long he has been
insane, nor whether there is any
history of heredity or epilepsy.
He had been "addicted to ganja
for a long time," and "ganja"
is assigned as the cause.
Admitted, 28th May 1892.
The case book shows that on ad-
mission he was violent, dangerous,
noisy, and very filthy, and eating
and sleeping badly.
No change
in his mental condition until 13th
October 1893, when it is noted
"some mental improvement ob-
served."
There is no entry subsequent to
this.
On 13th June 1892 it is noted:
"The
Magistrate of
Burdwan
certifies that no relations could be
found by the police."
5. Kanai Lall Dubé;
Brahman; Beggar;
Burdwan; 32; No.
158.
Ganja
Toxic
insanity.
Fair
The medical certificate shows that
"his talk is violent, incessant,
and incoherent.
Has
exalted
ideas, imagining himself a dis-
possessed king.
Has to be re-
strained forcibly at times from
violence.
His habits are dirty."
His Descriptive
Roll shows that it is
not known how long he has been
insane, nor whether there is any
history of heredity or epilepsy.
He had been "addicted to ganja
for a long time," and "ganja"
is assigned as the cause.
Admitted, 28th May 1892.
The case book shows that on ad-
mission he was violent, dangerous,
noisy, and very filthy, and eating
and sleeping badly.
No change
in his mental condition until 13th
October 1893, when it is noted
"some mental improvement ob-
served."
There is no entry subsequent to
this.
On 13th June 1892 it is noted:
"The
Magistrate of
Burdwan
certifies that no relations could be
found by the police."
5. Kanai Lall Dubé;
Brahman; Beggar;
Burdwan; 32; No.
158.
Ganja
Toxic
insanity.
Fair
The medical certificate shows that
"his talk is violent, incessant,
and incoherent.
Has
exalted
ideas, imagining himself a dis-
possessed king.
Has to be re-
strained forcibly at times from
violence.
His habits are dirty."
His Descriptive
Roll shows that it is
not known how long he has been
insane, nor whether there is any
history of heredity or epilepsy.
He had been "addicted to ganja
for a long time," and "ganja"
is assigned as the cause.
Admitted, 28th May 1892.
The case book shows that on ad-
mission he was violent, dangerous,
noisy, and very filthy, and eating
and sleeping badly.
No change
in his mental condition until 13th
October 1893, when it is noted
"some mental improvement ob-
served."
There is no entry subsequent to
this.
On 13th June 1892 it is noted:
"The
Magistrate of
Burdwan
certifies that no relations could be
found by the police."
5. Kanai Lall Dubé;
Brahman; Beggar;
Burdwan; 32; No.
158.
Ganja
Toxic
insanity.
Fair
The medical certificate shows that
"his talk is violent, incessant,
and incoherent.
Has
exalted
ideas, imagining himself a dis-
possessed king.
Has to be re-
strained forcibly at times from
violence.
His habits are dirty."
His Descriptive
Roll shows that it is
not known how long he has been
insane, nor whether there is any
history of heredity or epilepsy.
He had been "addicted to ganja
for a long time," and "ganja"
is assigned as the cause.
Admitted, 28th May 1892.
The case book shows that on ad-
mission he was violent, dangerous,
noisy, and very filthy, and eating
and sleeping badly.
No change
in his mental condition until 13th
October 1893, when it is noted
"some mental improvement ob-
served."
There is no entry subsequent to
this.
On 13th June 1892 it is noted:
"The
Magistrate of
Burdwan
certifies that no relations could be
found by the police."
5. Kanai Lall Dubé;
Brahman; Beggar;
Burdwan; 32; No.
158.
Ganja
Toxic
insanity.
Fair
The medical certificate shows that
"his talk is violent, incessant,
and incoherent.
Has
exalted
ideas, imagining himself a dis-
possessed king.
Has to be re-
strained forcibly at times from
violence.
His habits are dirty."
His Descriptive
Roll shows that it is
not known how long he has been
insane, nor whether there is any
history of heredity or epilepsy.
He had been "addicted to ganja
for a long time," and "ganja"
is assigned as the cause.
Admitted, 28th May 1892.
The case book shows that on ad-
mission he was violent, dangerous,
noisy, and very filthy, and eating
and sleeping badly.
No change
in his mental condition until 13th
October 1893, when it is noted
"some mental improvement ob-
served."
There is no entry subsequent to
this.
On 13th June 1892 it is noted:
"The
Magistrate of
Burdwan
certifies that no relations could be
found by the police."
5. Kanai Lall Dubé;
Brahman; Beggar;
Burdwan; 32; No.
158.
Ganja
Toxic
insanity.
Fair
The medical certificate shows that
"his talk is violent, incessant,
and incoherent.
Has
exalted
ideas, imagining himself a dis-
possessed king.
Has to be re-
strained forcibly at times from
violence.
His habits are dirty."
His Descriptive
Roll shows that it is
not known how long he has been
insane, nor whether there is any
history of heredity or epilepsy.
He had been "addicted to ganja
for a long time," and "ganja"
is assigned as the cause.
Admitted, 28th May 1892.
The case book shows that on ad-
mission he was violent, dangerous,
noisy, and very filthy, and eating
and sleeping badly.
No change
in his mental condition until 13th
October 1893, when it is noted
"some mental improvement ob-
served."
There is no entry subsequent to
this.
On 13th June 1892 it is noted:
"The
Magistrate of
Burdwan
certifies that no relations could be
found by the police."
5. Kanai Lall Dubé;
Brahman; Beggar;
Burdwan; 32; No.
158.
Ganja
Toxic
insanity.
Fair
The medical certificate shows that
"his talk is violent, incessant,
and incoherent.
Has
exalted
ideas, imagining himself a dis-
possessed king.
Has to be re-
strained forcibly at times from
violence.
His habits are dirty."
His Descriptive
Roll shows that it is
not known how long he has been
insane, nor whether there is any
history of heredity or epilepsy.
He had been "addicted to ganja
for a long time," and "ganja"
is assigned as the cause.
Admitted, 28th May 1892.
The case book shows that on ad-
mission he was violent, dangerous,
noisy, and very filthy, and eating
and sleeping badly.
No change
in his mental condition until 13th
October 1893, when it is noted
"some mental improvement ob-
served."
There is no entry subsequent to
this.
On 13th June 1892 it is noted:
"The
Magistrate of
Burdwan
certifies that no relations could be
found by the police."
5. Kanai Lall Dubé;
Brahman; Beggar;
Burdwan; 32; No.
158.
Ganja
Toxic
insanity.
Fair
The medical certificate shows that
"his talk is violent, incessant,
and incoherent.
Has
exalted
ideas, imagining himself a dis-
possessed king.
Has to be re-
strained forcibly at times from
violence.
His habits are dirty."
His Descriptive
Roll shows that it is
not known how long he has been
insane, nor whether there is any
history of heredity or epilepsy.
He had been "addicted to ganja
for a long time," and "ganja"
is assigned as the cause.
Admitted, 28th May 1892.
The case book shows that on ad-
mission he was violent, dangerous,
noisy, and very filthy, and eating
and sleeping badly.
No change
in his mental condition until 13th
October 1893, when it is noted
"some mental improvement ob-
served."
There is no entry subsequent to
this.
On 13th June 1892 it is noted:
"The
Magistrate of
Burdwan
certifies that no relations could be
found by the police."
5. Kanai Lall Dubé;
Brahman; Beggar;
Burdwan; 32; No.
158.
Ganja
Toxic
insanity.
Fair
The medical certificate shows that
"his talk is violent, incessant,
and incoherent.
Has
exalted
ideas, imagining himself a dis-
possessed king.
Has to be re-
strained forcibly at times from
violence.
His habits are dirty."
His Descriptive
Roll shows that it is
not known how long he has been
insane, nor whether there is any
history of heredity or epilepsy.
He had been "addicted to ganja
for a long time," and "ganja"
is assigned as the cause.
Admitted, 28th May 1892.
The case book shows that on ad-
mission he was violent, dangerous,
noisy, and very filthy, and eating
and sleeping badly.
No change
in his mental condition until 13th
October 1893, when it is noted
"some mental improvement ob-
served."
There is no entry subsequent to
this.
On 13th June 1892 it is noted:
"The
Magistrate of
Burdwan
certifies that no relations could be
found by the police."
6. Ramnarain;
Hin-
du;
Shopkeeper;
Nuddea; 24; No.
161.
Ganja
Toxic in-
sanity.
Poor
The
medical
certificate
says:
"Does not reply to questions
reasonably; always mutters him-
self indistinct words," and is
dirty and destructive.
On admission he was quiet, dirty,
and
incoherent.
"Takes
his
food well, but does not sleep at
night."
"Gives
only his name
and nothing more."
6. Ramnarain;
Hin-
du;
Shopkeeper;
Nuddea; 24; No.
161.
Ganja
Toxic in-
sanity.
Poor
The
medical
certificate
says:
"Does not reply to questions
reasonably; always mutters him-
self indistinct words," and is
dirty and destructive.
On admission he was quiet, dirty,
and
incoherent.
"Takes
his
food well, but does not sleep at
night."
"Gives
only his name
and nothing more."
6. Ramnarain;
Hin-
du;
Shopkeeper;
Nuddea; 24; No.
161.
Ganja
Toxic in-
sanity.
Poor
The
medical
certificate
says:
"Does not reply to questions
reasonably; always mutters him-
self indistinct words," and is
dirty and destructive.
On admission he was quiet, dirty,
and
incoherent.
"Takes
his
food well, but does not sleep at
night."
"Gives
only his name
and nothing more."
6. Ramnarain;
Hin-
du;
Shopkeeper;
Nuddea; 24; No.
161.
Ganja
Toxic in-
sanity.
Poor
The
medical
certificate
says:
"Does not reply to questions
reasonably; always mutters him-
self indistinct words," and is
dirty and destructive.
On admission he was quiet, dirty,
and
incoherent.
"Takes
his
food well, but does not sleep at
night."
"Gives
only his name
and nothing more."
6. Ramnarain;
Hin-
du;
Shopkeeper;
Nuddea; 24; No.
161.
Ganja
Toxic in-
sanity.
Poor
The
medical
certificate
says:
"Does not reply to questions
reasonably; always mutters him-
self indistinct words," and is
dirty and destructive.
On admission he was quiet, dirty,
and
incoherent.
"Takes
his
food well, but does not sleep at
night."
"Gives
only his name
and nothing more."